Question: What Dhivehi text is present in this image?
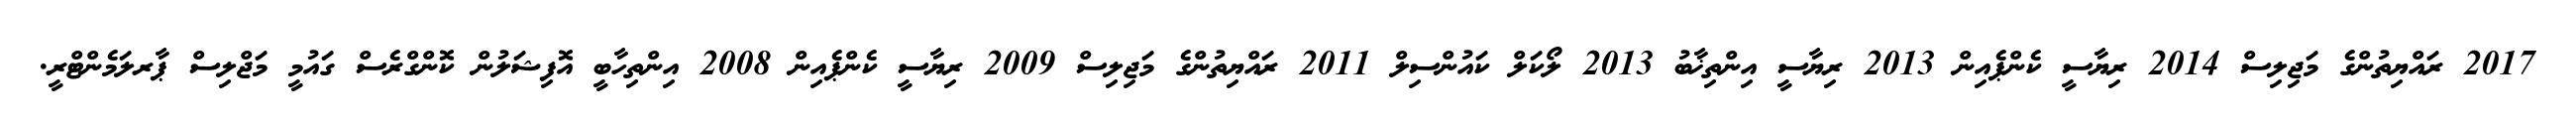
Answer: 2017 ރައްޔިތުންގެ މަޖިލިސް 2014 ރިޔާސީ ކެންޕެއިން 2013 ރިޔާސީ އިންތިޚާބު 2013 ލޯކަލް ކައުންސިލް 2011 ރައްޔިތުންގެ މަޖިލިސް 2009 ރިޔާސީ ކެންޕެއިން 2008 އިންތިހާބީ އޮފިޝަލުން ކޮންގްރެސް ގައުމީ މަޖްލިސް ޕާރލަމެންޓްރީ.